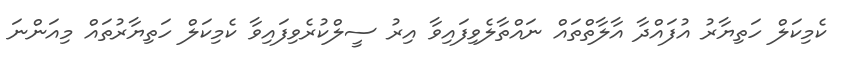
ކެމިކަލް ހަތިޔާރު އުފައްދާ އާލާތްތައް ނައްތާލެވިފައިވާ އިރު ސީލްކުރެވިފައިވާ ކެމިކަލް ހަތިޔާރުތައް މިއަންނަ